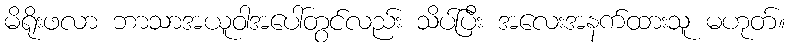
မိရိုးဖလာ ဘာသာအယူဝါအပေါ်တွင်လည်း သိပ်ပြီး အလေးအနက်ထားသူ မဟုတ်။